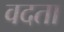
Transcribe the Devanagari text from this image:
वदता